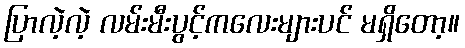
ပြာလဲ့လဲ့ လမ်းမီးပွင့်ကလေးများပင် မရှိတော့။